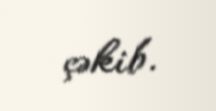
çəkib.